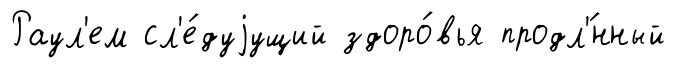
Раул'ем сл'е́дуjущий здоро́вья продл'́нный